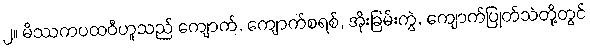
၂။ မိဿကပထဝီဟူသည် ကျောက်, ကျောက်စရစ်, အိုးခြမ်းကွဲ, ကျောက်ပြုတ်သဲတို့တွင်